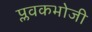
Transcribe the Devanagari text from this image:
प्लवकभोजी